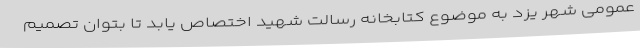
عمومی شهر یزد به موضوع کتابخانه رسالت شهید اختصاص یابد تا بتوان تصمیم